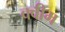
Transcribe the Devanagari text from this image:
क्वीम